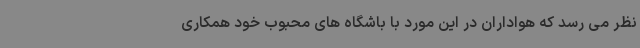
نظر می رسد که هواداران در این مورد با باشگاه های محبوب خود همکاری